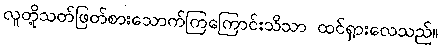
လူတို့သတ်ဖြတ်စားသောက်ကြကြောင်းသိသာ ထင်ရှားလေသည်။